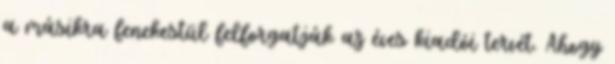
a másikra fenekestül felforgatják az éves kiadói tervét. Ahogy